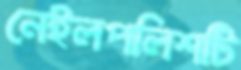
নেইলপলিশটি